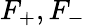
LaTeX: F_{\mathrm{+}},F_{\mathrm{-}}